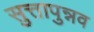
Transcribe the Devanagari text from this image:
सुत्तापुन्नव